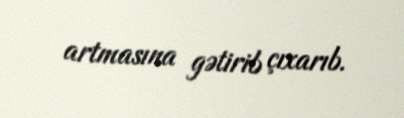
artmasına gətirib çıxarıb.